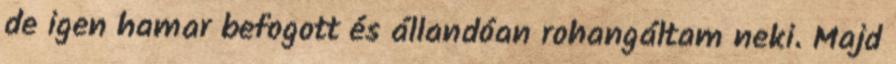
de igen hamar befogott és állandóan rohangáltam neki. Majd